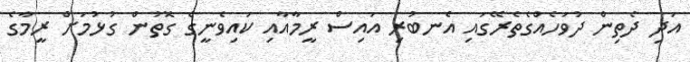
އަދި ދެތިން ދުވަހެއްގެތެރޭގައި އެނބުރި އައިސް ރީމާއާއި ކައިވެނީގެ ގޮތުން ގުޅުމަށް ރީމާގެ